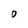
Character: 0